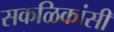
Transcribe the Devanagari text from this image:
सकळिकांसी